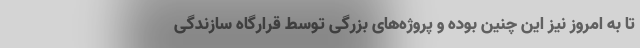
تا به امروز نیز این چنین بوده و پروژه‌های بزرگی توسط قرارگاه سازندگی